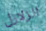
الزلازل